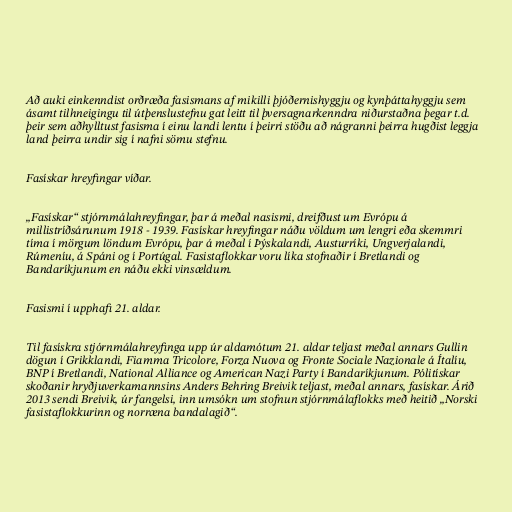
Að auki einkenndist orðræða fasismans af mikilli þjóðernishyggju og kynþáttahyggju sem
ásamt tilhneigingu til útþenslustefnu gat leitt til þversagnarkenndra niðurstaðna þegar t.d.
þeir sem aðhylltust fasisma í einu landi lentu í þeirri stöðu að nágranni þeirra hugðist leggja
land þeirra undir sig í nafni sömu stefnu.

Fasískar hreyfingar víðar.

„Fasískar“ stjórnmálahreyfingar, þar á meðal nasismi, dreifðust um Evrópu á
millistríðsárunum 1918 - 1939. Fasískar hreyfingar náðu völdum um lengri eða skemmri
tíma í mörgum löndum Evrópu, þar á meðal í Þýskalandi, Austurríki, Ungverjalandi,
Rúmeníu, á Spáni og í Portúgal. Fasistaflokkar voru líka stofnaðir í Bretlandi og
Bandaríkjunum en náðu ekki vinsældum.

Fasismi í upphafi 21. aldar.

Til fasískra stjórnmálahreyfinga upp úr aldamótum 21. aldar teljast meðal annars Gullin
dögun í Grikklandi, Fiamma Tricolore, Forza Nuova og Fronte Sociale Nazionale á Ítalíu,
BNP í Bretlandi, National Alliance og American Nazi Party í Bandaríkjunum. Pólitískar
skoðanir hryðjuverkamannsins Anders Behring Breivik teljast, meðal annars, fasískar. Árið
2013 sendi Breivik, úr fangelsi, inn umsókn um stofnun stjórnmálaflokks með heitið „Norski
fasistaflokkurinn og norræna bandalagið“.